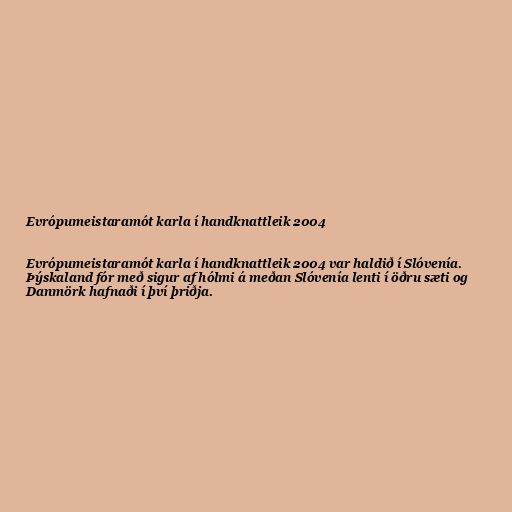
Evrópumeistaramót karla í handknattleik 2004

Evrópumeistaramót karla í handknattleik 2004 var haldið í Slóvenía.
Þýskaland fór með sigur af hólmi á meðan Slóvenía lenti í öðru sæti og
Danmörk hafnaði í því þriðja.